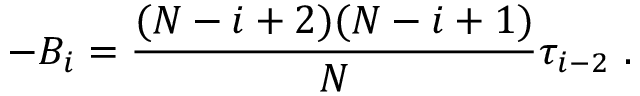
- B _ { i } = { \frac { ( N - i + 2 ) ( N - i + 1 ) } { N } } \tau _ { i - 2 } \ .